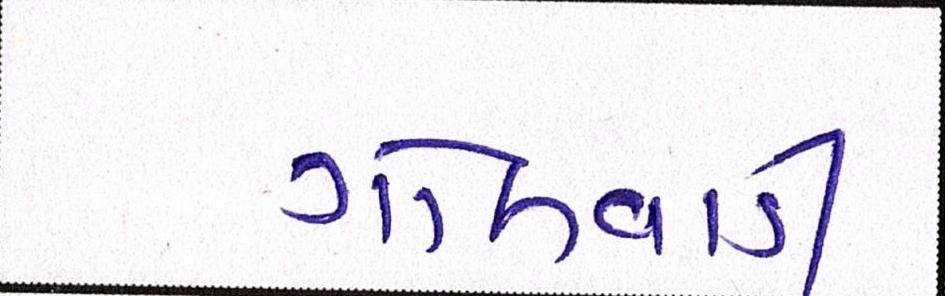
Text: ગોલવાડી